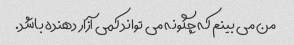
من می بینم که چگونه می تواند کمی آزار دهنده باشد.